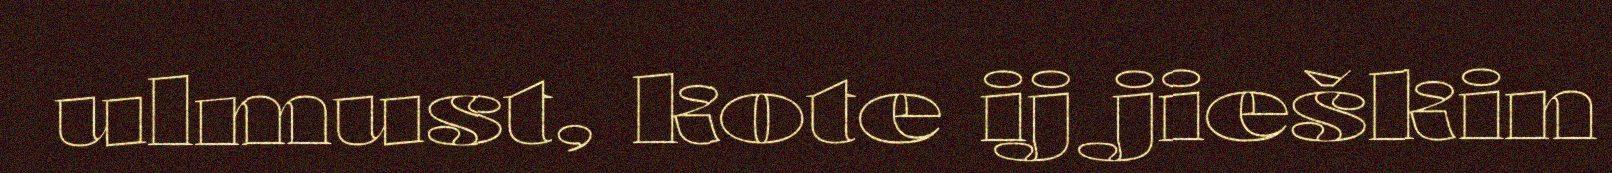
ulmust, kote ij jieškin